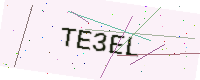
Text: TE3EL